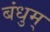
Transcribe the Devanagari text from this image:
बंधुम्